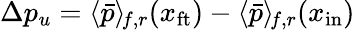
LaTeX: \Delta p_{u}=\langle\bar{p}\rangle_{\! f,r}(x_{\mathrm{ft}})-\langle\bar{p}\rangle_{\! f,r}(x_{\mathrm{in}})